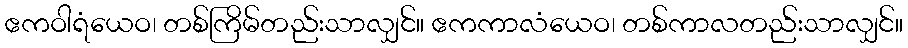
ဧကဝါရံယေဝ၊ တစ်ကြိမ်တည်းသာလျှင်။ ဧကကာလံယေဝ၊ တစ်ကာလတည်းသာလျှင်။